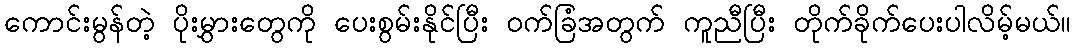
ကောင်းမွန်တဲ့ ပိုးမွှားတွေကို ပေးစွမ်းနိုင်ပြီး ၀က်ခြံအတွက် ကူညီပြီး တိုက်ခိုက်ပေးပါလိမ့်မယ်။